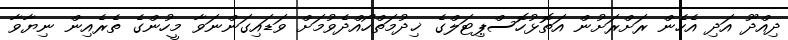
ދިއްދޫ އަދި އެހެން ރަށްރަށުން އަތޮޅުހޮސްޕިޓަލްގެ ޚިދުމަތްހޯއްދެވުމަށް ވަޑައިގަންނަވާ މީހުންގެ ތެރެއިން ނިޔާވާ